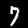
Label: 7